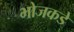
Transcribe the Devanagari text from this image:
भोजकडे